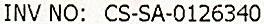
INV NO: CS-SA-0126340